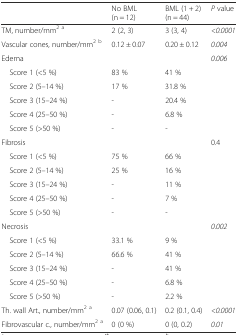
<table><thead><tr><td></td><td><b>No BML (n = 12)</b></td><td><b>BML (1 + 2) (n = 44)</b></td><td><b><i>P</i> value</b></td></tr></thead><tbody><tr><td>TM, number/mm<sup>2 a</sup></td><td>2 (2, 3)</td><td>3 (3, 4)</td><td><i>&lt;0.0001</i></td></tr><tr><td>Vascular cones, number/mm<sup>2 b</sup></td><td>0.12 ± 0.07</td><td>0.20 ± 0.12</td><td><i>0.004</i></td></tr><tr><td>Edema</td><td></td><td></td><td rowspan="6"><i>0.006</i></td></tr><tr><td> Score 1 (&lt;5 %)</td><td>83 %</td><td>41 %</td></tr><tr><td> Score 2 (5–14 %)</td><td>17 %</td><td>31.8 %</td></tr><tr><td> Score 3 (15–24 %)</td><td>-</td><td>20.4 %</td></tr><tr><td> Score 4 (25–50 %)</td><td>-</td><td>6.8 %</td></tr><tr><td> Score 5 (&gt;50 %)</td><td>-</td><td>-</td></tr><tr><td>Fibrosis</td><td></td><td></td><td rowspan="6">0.4</td></tr><tr><td> Score 1 (&lt;5 %)</td><td>75 %</td><td>66 %</td></tr><tr><td> Score 2 (5–14 %)</td><td>25 %</td><td>16 %</td></tr><tr><td> Score 3 (15–24 %)</td><td>-</td><td>11 %</td></tr><tr><td> Score 4 (25–50 %)</td><td>-</td><td>7 %</td></tr><tr><td> Score 5 (&gt;50 %)</td><td>-</td><td>-</td></tr><tr><td>Necrosis</td><td></td><td></td><td rowspan="6"><i>0.002</i></td></tr><tr><td> Score 1 (&lt;5 %)</td><td>33.1 %</td><td>9 %</td></tr><tr><td> Score 2 (5–14 %)</td><td>66.6 %</td><td>41 %</td></tr><tr><td> Score 3 (15–24 %)</td><td>-</td><td>41 %</td></tr><tr><td> Score 4 (25–50 %)</td><td>-</td><td>6.8 %</td></tr><tr><td> Score 5 (&gt;50 %)</td><td>-</td><td>2.2 %</td></tr><tr><td>Th. wall Art., number/mm<sup>2 a</sup></td><td>0.07 (0.06, 0.1)</td><td>0.2 (0.1, 0.4)</td><td><i>&lt;0.0001</i></td></tr><tr><td>Fibrovascular c., number/mm<sup>2 a</sup></td><td>0 (0 %)</td><td>0 (0, 0.2)</td><td><i>0.01</i></td></tr></tbody></table>